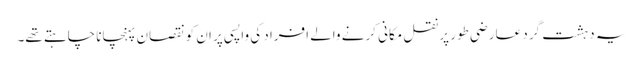
یہ دہشت گرد عارضی طور پر نقل مکانی کرنے والے افراد کی واپسی پر ان کو نقصان پہنچانا چاہتے تھے۔